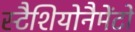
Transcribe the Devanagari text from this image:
स्टैशियोनैमेंटो